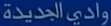
وادي-الحديدة